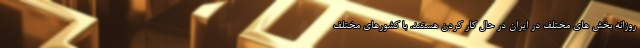
روزانه بخش های مختلف در ایران در حال کار کردن هستند. با کشورهای مختلف